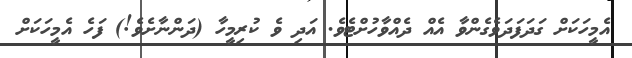
އެމީހަކަށް ގަދަފަދަވެގެންވާ އެއް ދެއްވާހުށްޓެވެ. އަދި ވެ ކުރިމީހާ (ދަންނާށެވެ!) ފަހެ އެމީހަކަށް